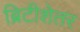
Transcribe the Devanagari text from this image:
ब्रिटीशेतर